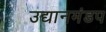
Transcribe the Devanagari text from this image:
उद्यानमंडप